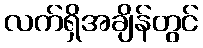
လက်ရှိအချိန်တွင်